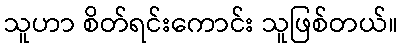
သူဟာ စိတ်ရင်းကောင်း သူဖြစ်တယ်။